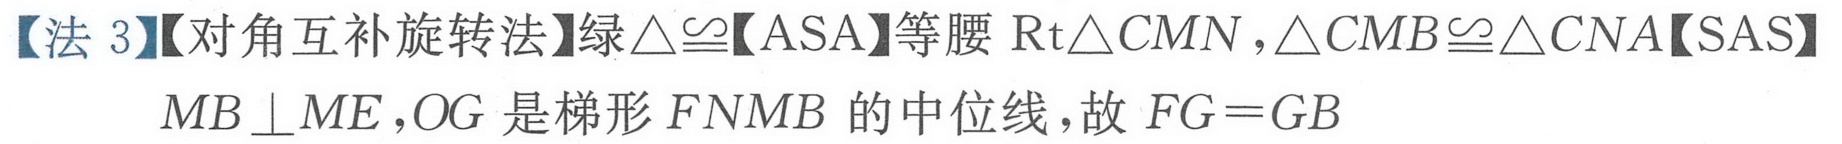
【法 3】【对角互补旋转法】绿\(\triangle\cong\)【ASA】等腰 \(\text{Rt}\triangle CMN\)，\(\triangle CMB\cong\triangle CNA\)【SAS】
\(MB\perp ME\)，\(OG\) 是梯形 \(FNMB\) 的中位线，故 \(FG = GB\)